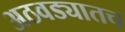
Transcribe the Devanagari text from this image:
अठवड्यातच